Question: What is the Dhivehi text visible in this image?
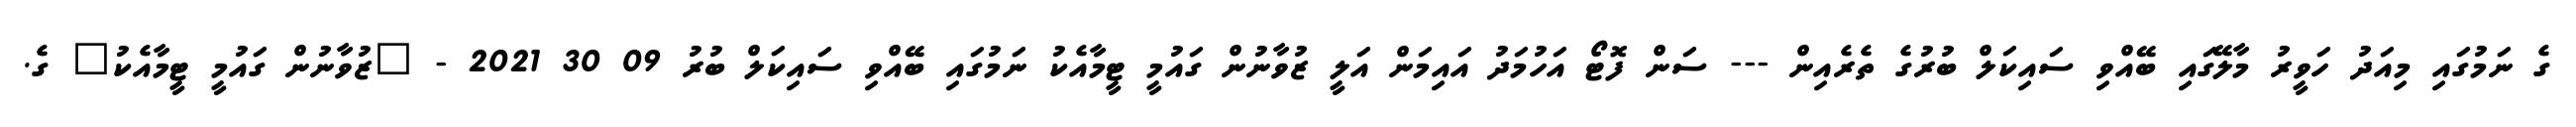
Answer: ގެ ނަމުގައި މިއަދު ހަވީރު މާލޭގައި ބޭއްވި ސައިކަލް ބުރުގެ ތެރެއިން --- ސަން ފޮޓޯ އަހުމަދު އައިމަން އަލީ ޒުވާނުން ގައުމީ ޓީމާއެކު ނަމުގައި ބޭއްވި ސައިކަލް ބުރު 09 30 2021 - "ޒުވާނުން ގައުމީ ޓީމާއެކު" ގެ.